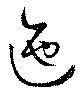
迤